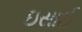
ઇસાઈ